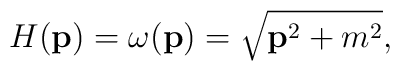
H({\bf p})=\omega({\bf p})=\sqrt{{\bf p}^2+m^2},